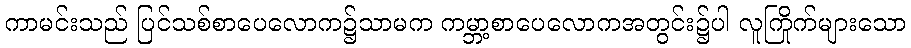
ကာမင်းသည် ပြင်သစ်စာပေလောက၌သာမက ကမ္ဘာ့စာပေလောကအတွင်း၌ပါ လူကြိုက်များသော